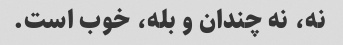
نه، نه چندان و بله، خوب است.